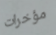
مؤخرات